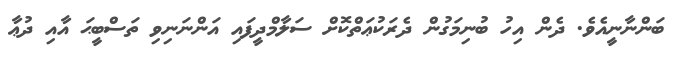
ބަންނާނީއެވެ. ދެން އިހު ބުނިމަގުން ދެރަކުޢަތްކޮށް ސަލާމްދީފައި އަންނަނިވި ތަސްބީޙަ އާއި ދުޢާ